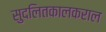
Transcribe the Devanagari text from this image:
सुदलितकालकराल